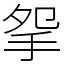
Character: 𢪸